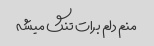
منم دلم برات تنگ میشه